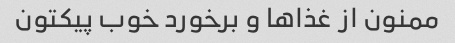
ممنون از غذاها و برخورد خوب پیکتون